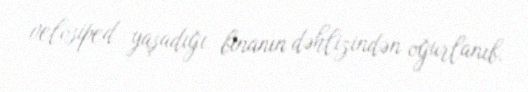
velosiped yaşadığı binanın dəhlizindən oğurlanıb.